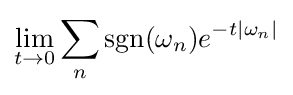
\lim _{t\to 0}\sum _{n}\operatorname {sgn}(\omega _{n})e^{-t|\omega _{n}|}